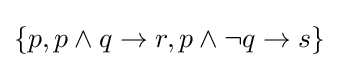
\{p,p\land q\rightarrow r,p\land \neg q\rightarrow s\}